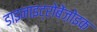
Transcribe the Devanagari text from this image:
डाइनाइट्रोबेंज़ोइक